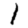
Digit: 1